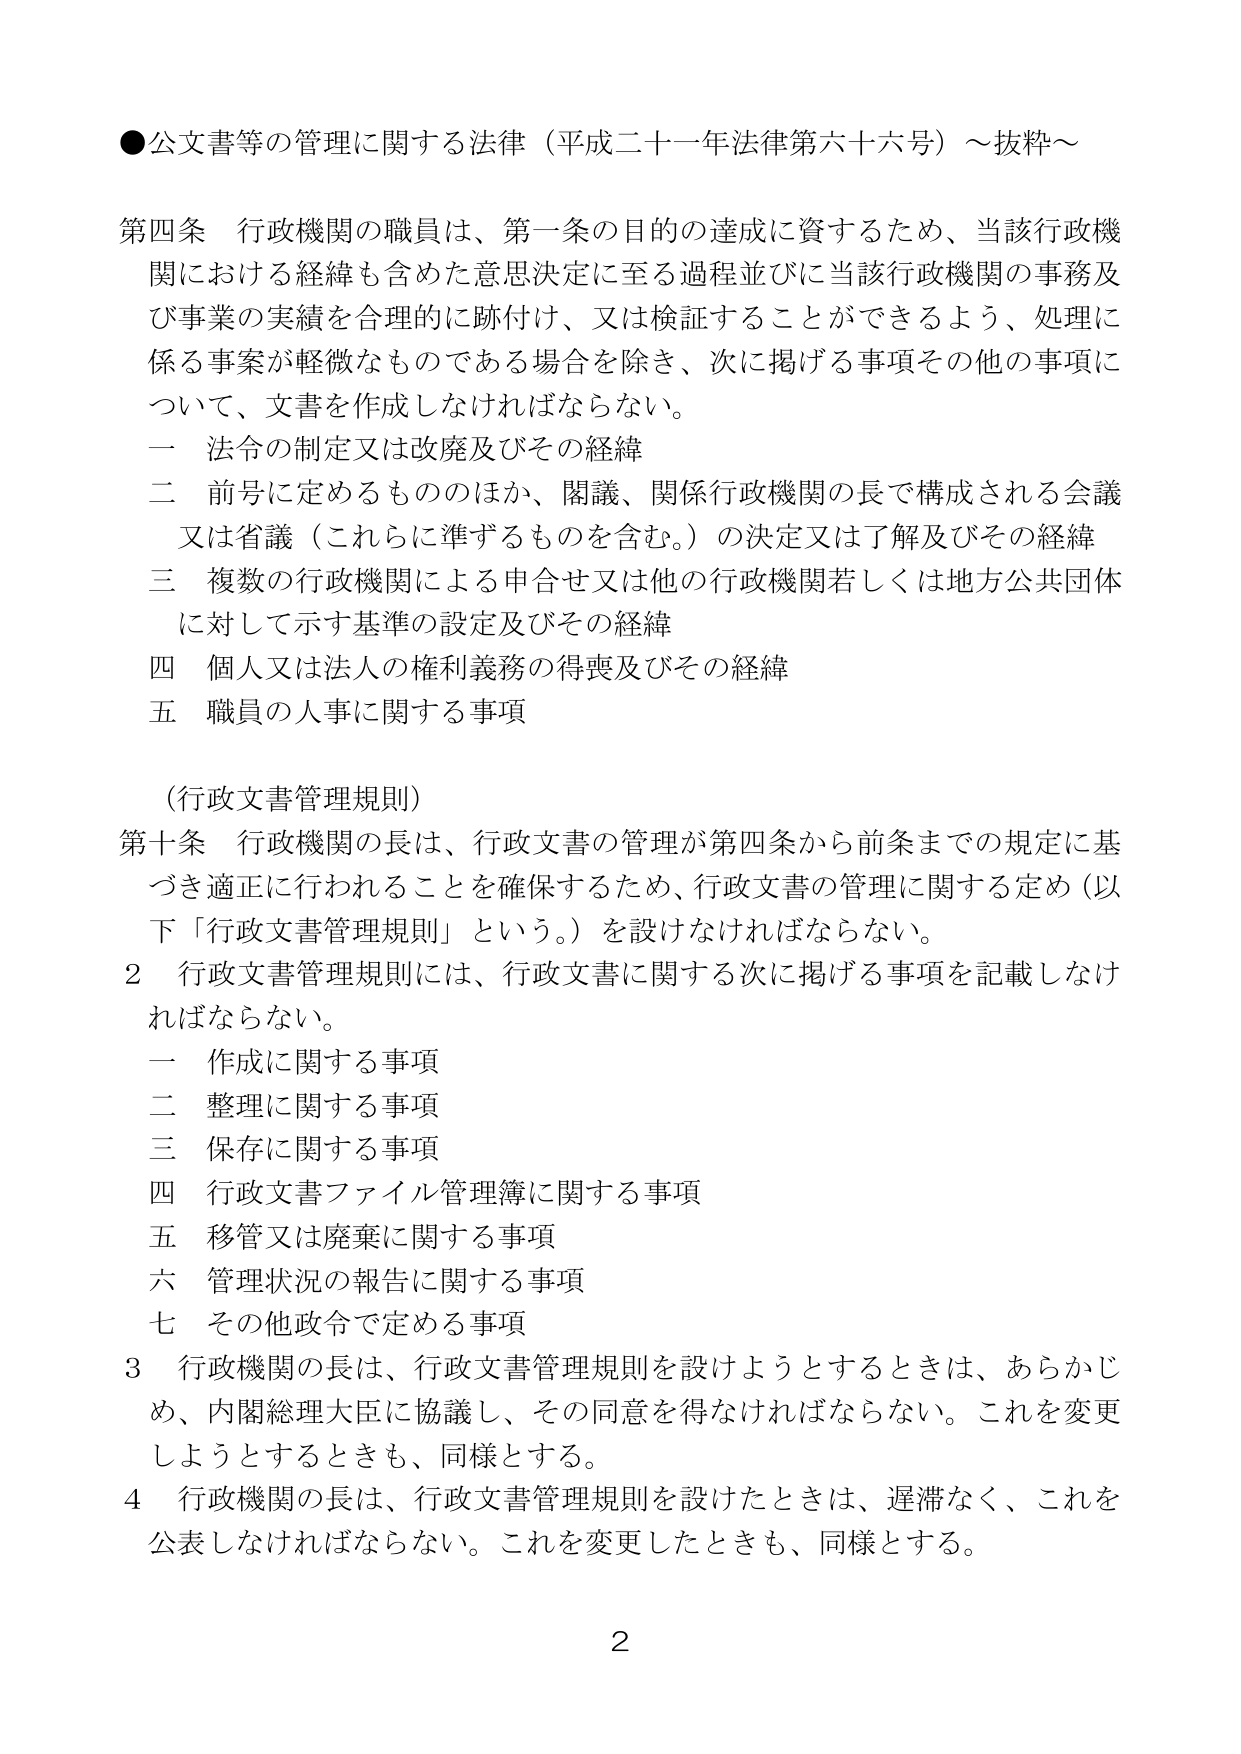
●公文書等の管理に関する法律（平成二十一年法律第六十六号）～抜粋～

第四条 行政機関の職員は、第一条の目的の達成に資するため、当該行政機関における経緯も含めた意思決定に至る過程並びに当該行政機関の事務及び事業の実績を合理的に跡付け、又は検証することができるよう、処理に係る事案が軽微なものである場合を除き、次に掲げる事項その他の事項について、文書を作成しなければならない。

一 法令の制定又は改廃及びその経緯
二 前号に定めるもののほか、関議、関係行政機関の長で構成される会議又は省議（これらに準ずるものを含む。）の決定又は了解及びその経緯
三 複数の行政機関による申合せ又は他の行政機関若しくは地方公共団体に対して示す基準の設定及びその経緯
四 個人又は法人の権利義務の得喪及びその経緯
五 職員の人事に関する事項

（行政文書管理規則）
第十条 行政機関の長は、行政文書の管理が第四条から前条までの規定に基づき適正に行われることを確保するため、行政文書の管理に関する定め（以下「行政文書管理規則」という。）を設けなければならない。

２ 行政文書管理規則には、行政文書に関する次に掲げる事項を記載しなければならない。

一 作成に関する事項
二 整理に関する事項
三 保存に関する事項
四 行政文書ファイル管理簿に関する事項
五 移管又は廃棄に関する事項
六 管理状況の報告に関する事項
七 その他政令で定める事項

３ 行政機関の長は、行政文書管理規則を設けようとするときは、あらかじめ、内閣総理大臣に協議し、その同意を得なければならない。これを変更しようとするときも、同様とする。

４ 行政機関の長は、行政文書管理規則を設けたときは、遅滞なく、これを公表しなければならない。これを変更したときも、同様とする。

2